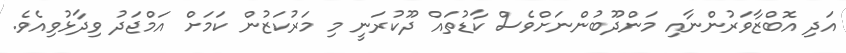
އަދި އޮބްޒާވަރުންނާއި މަންދޫބުންނަށްވެސް ކާޑުތައް ދޫކުރަނީ މި މަރުކަޒުން ކަމަށް އަމްޖަދު ވިދާޅުވިއެވެ.